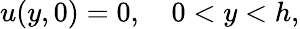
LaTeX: u(y,0)=0,\quad 0<y<h,